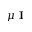
\mu \textbf { I }